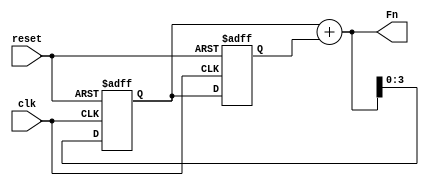
/*
Design a 4-bit Fibonacci generator with both asynchronous reset and synchronous reset
in Verilog using an adder and two registers. You can use simple assign statement to
implement the adder
*/

module fibonacci
#(parameter WIDTH=4) (
    input clk,
    input reset,
    output [WIDTH:0] Fn
    );

reg [WIDTH-1:0] Fn1, Fn2;
assign Fn = Fn1+Fn2;

always @(posedge clk or negedge reset)
    begin
        if(~reset)
            begin
                Fn1<=1;
                Fn2<=0;
            end
        else
            begin
                Fn1<=Fn;
                Fn2<=Fn1;
            end
    end
endmodule